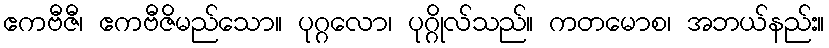
ဧကဗီဇီ၊ ဧကဗီဇိမည်သော။ ပုဂ္ဂလော၊ ပုဂ္ဂိုလ်သည်။ ကတမောစ၊ အဘယ်နည်း။